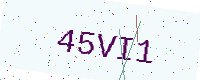
Text: 45VI1